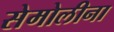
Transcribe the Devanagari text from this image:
सेमोलीना